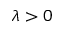
\lambda > 0